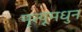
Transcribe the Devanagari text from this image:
मृत्यूमधुन